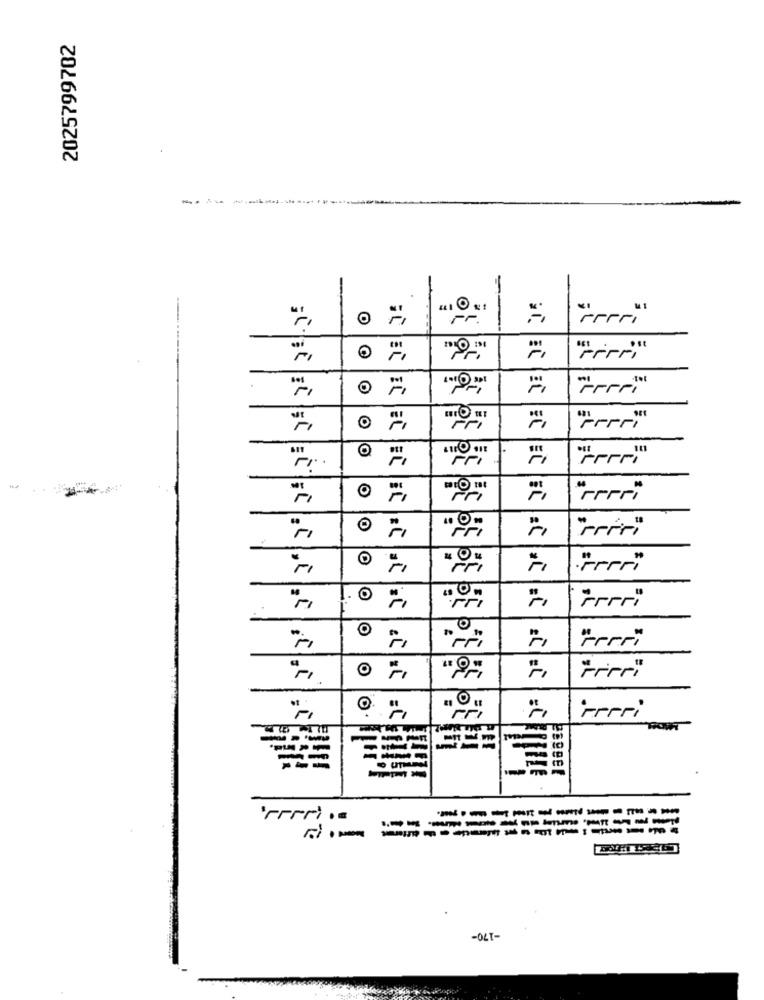
2025799702
----
O
"Fr .
=
"Ferr"
EC
=
O
EC
FRI
=
*1
Perri
Ferri
-m
'rrrri .
-----------
-----
-170-